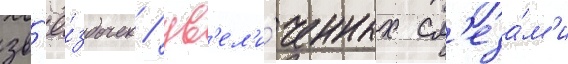
зв'ё́здочек / ув'ел'и́ченных сл'еза́м'и